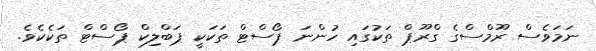
ނަމަވެސް ރޫމްސްގެ ގްރޫޕް ތަކުގައި ހުންނަ ޕޯސްޓް ތަކަކީ ޕަބްލިކް ޕޯސްޓް ތަކެކެވެ.